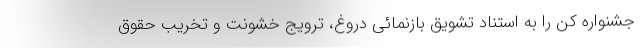
جشنواره کن را به استناد تشویق بازنمائی دروغ، ترویج خشونت و تخریب حقوق